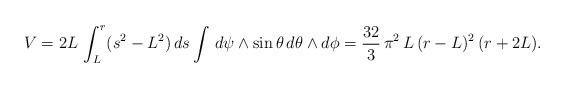
LaTeX: \begin{align*}V=2L\,\int_{L}^{r}(s^2-L^2)\,ds \int\, d\psi \wedge \sin\theta\,d\theta \wedge d\phi= \frac{32}{3}\,\pi^2\,L\,(r-L)^2\,(r+2L).\end{align*}